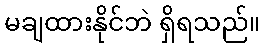
မချထားနိုင်ဘဲ ရှိရသည်။